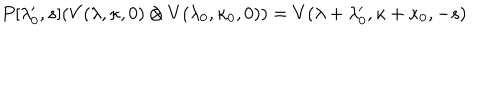
LaTeX: P [ \lambda _ { 0 } ^ { \prime } , s ] ( V ( \lambda , \kappa , 0 ) \otimes V ( \lambda _ { 0 } , \kappa _ { 0 } , 0 ) ) = { V } ( \lambda + \lambda _ { 0 } ^ { \prime } , \kappa + \kappa _ { 0 } , - s )